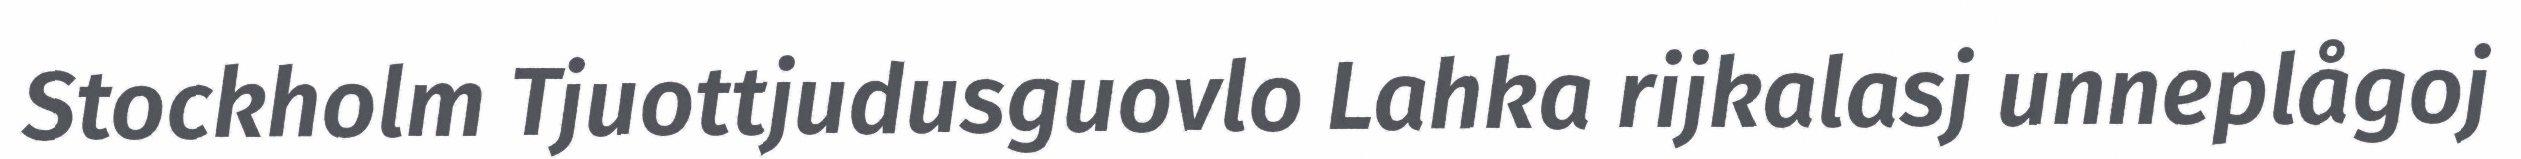
Stockholm Tjuottjudusguovlo Lahka rijkalasj unneplågoj